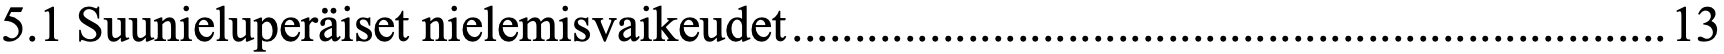
5.1 Suunieluperäiset nielemisvaikeudet ...................................................................... 13